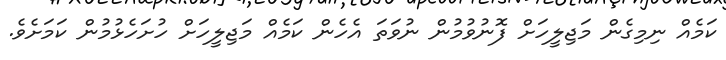
ކަމެއް ނިމިގެން މަޖިލީހަށް ފޮނުވުމުން ނުވަތަ އެހެން ކަމެއް މަޖިލީހަށް ހުށަހެޅުމުން ކަމަށެވެ.